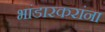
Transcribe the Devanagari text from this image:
भांडारकरांना